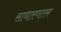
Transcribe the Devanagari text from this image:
साधारणतम